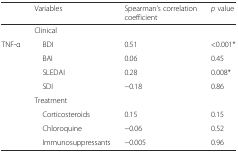
<table><thead><tr><td></td><td><b>Variables</b></td><td><b>Spearman’s correlation coefficient</b></td><td><b><i>p</i> value</b></td></tr></thead><tbody><tr><td></td><td colspan="3">Clinical</td></tr><tr><td rowspan="8">TNF-α</td><td> BDI</td><td>0.51</td><td>&lt;0.001*</td></tr><tr><td> BAI</td><td>0.06</td><td>0.45</td></tr><tr><td> SLEDAI</td><td>0.28</td><td>0.008*</td></tr><tr><td> SDI</td><td>−0.18</td><td>0.86</td></tr><tr><td colspan="3">Treatment</td></tr><tr><td> Corticosteroids</td><td>0.15</td><td>0.15</td></tr><tr><td> Chloroquine</td><td>−0.06</td><td>0.52</td></tr><tr><td> Immunosuppressants</td><td>−0.005</td><td>0.96</td></tr></tbody></table>